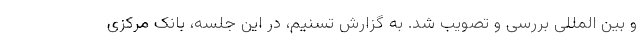
و بین المللی بررسی و تصویب شد. به گزارش تسنیم، در این جلسه، بانک مرکزی